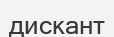
дискант